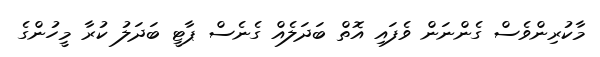
މާކުރިންވެސް ގެންނަން ވެފައި އޮތް ބަދަލެއް ގެނެސް ޕާޓީ ބަދަލު ކުރާ މީހުންގެ